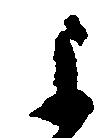
よ